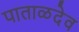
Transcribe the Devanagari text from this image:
पाताळदेव